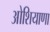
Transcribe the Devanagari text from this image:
ओशियाणा